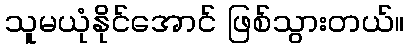
သူမယုံနိုင်အောင် ဖြစ်သွားတယ်။